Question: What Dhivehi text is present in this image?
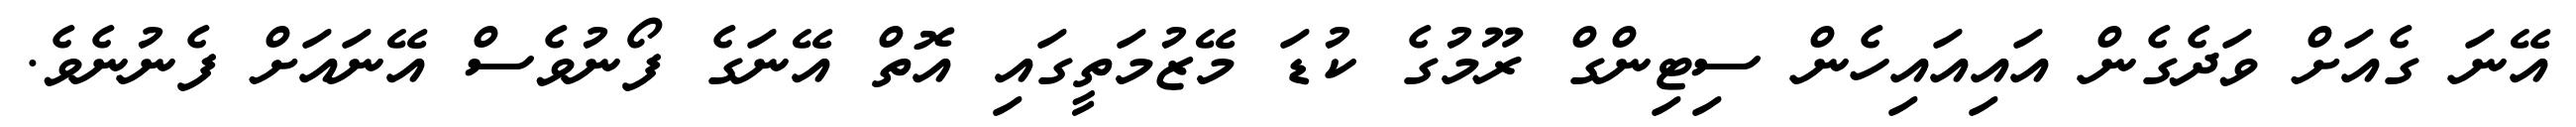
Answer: އޭނަ ގެއަށް ވަދެގެން އައިއައިހެން ސިޓިންގް ރޫމުގެ ކުޑަ މޭޒުމަތީގައި އޮތް އޭނަގެ ފޯނުވެސް އޭނައަށް ފެނުނެވެ.